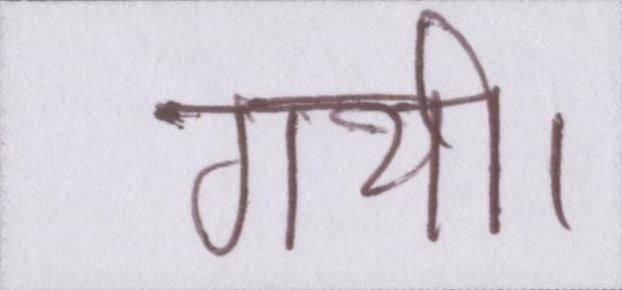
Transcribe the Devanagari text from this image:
गयी।